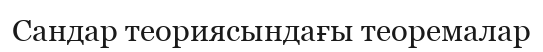
Сандар теориясындағы теоремалар